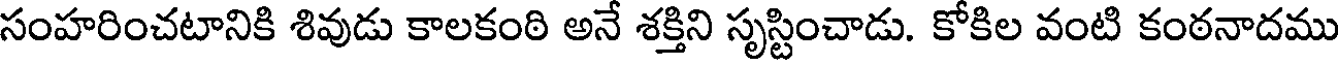
సంహరించటానికి శివుడు కాలకంఠి అనే శక్తిని సృస్టించాడు. కోకిల వంటి కంఠనాదము